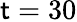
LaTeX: \mathsf{t}=30